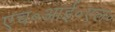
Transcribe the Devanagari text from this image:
एच॰आई॰एल॰